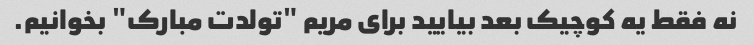
نه فقط یه کوچیک بعد بیایید برای مریم "تولدت مبارک" بخوانیم.